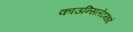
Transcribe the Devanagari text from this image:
काउन्सिलेटमध्ये